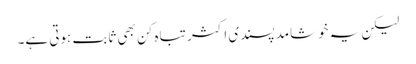
لیکن یہ خوشامد پسندی اکثر تباہ کن بھی ثابت ہوتی ہے۔